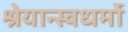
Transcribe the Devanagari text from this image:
श्रेयान्स्वधर्मो